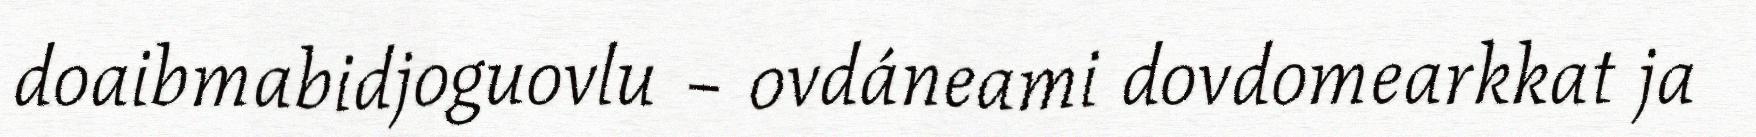
doaibmabidjoguovlu – ovdáneami dovdomearkkat ja